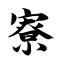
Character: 寮